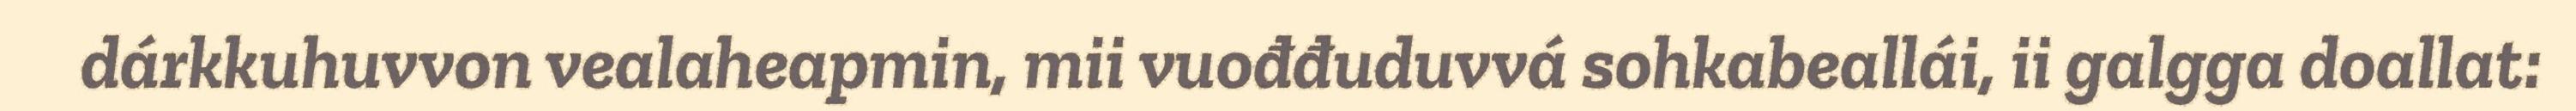
dárkkuhuvvon vealaheapmin, mii vuođđuduvvá sohkabeallái, ii galgga doallat: